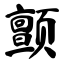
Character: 颤